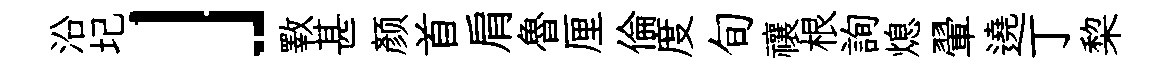
沿圮」斁甚颜首肩魯厘倫度旬禳根詢熄翬遶丁棃